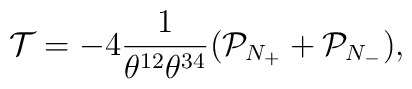
\mathcal{T}=-4\frac{1}{\theta^{12}\theta^{34}}(\mathcal{P}_{N_+}+ \mathcal{P}_{N_-}),